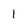
Character: 1